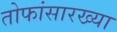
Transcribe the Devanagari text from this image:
तोफांसारख्या